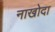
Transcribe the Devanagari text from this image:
नाखोदा